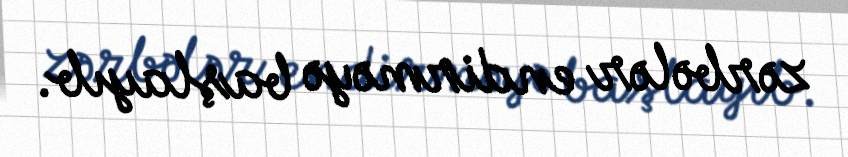
zərbələr endirməyə başlayıb.